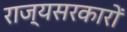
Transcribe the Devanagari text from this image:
राज्यसरकारों